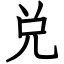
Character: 兑